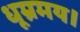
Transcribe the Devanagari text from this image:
धूम्रमय।